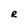
Character: R